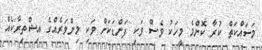
މަސައްކަތް ކުރާ ކޮންމެ މީހަކު ވެސް ވަކި ފަންޑަކަށް ވަކި މިންވަރެއްގެ އިޝްތިރާކެއް